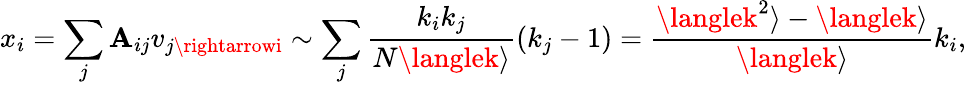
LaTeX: x_{i}=\sum_{j}\mathbf{A}_{ij}v_{j\rightarrowi}\sim\sum_{j}{\frac{{k_{i}k_{j}}}{{N\langlek\rangle}}(k_{j}-1)}=\frac{{\langlek^{2}\rangle-\langlek\rangle}}{{\langlek\rangle}}k_{i},